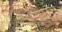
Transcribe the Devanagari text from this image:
संबोधावें